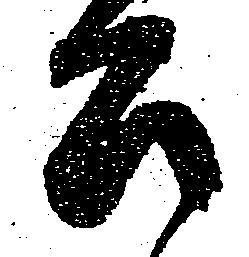
公